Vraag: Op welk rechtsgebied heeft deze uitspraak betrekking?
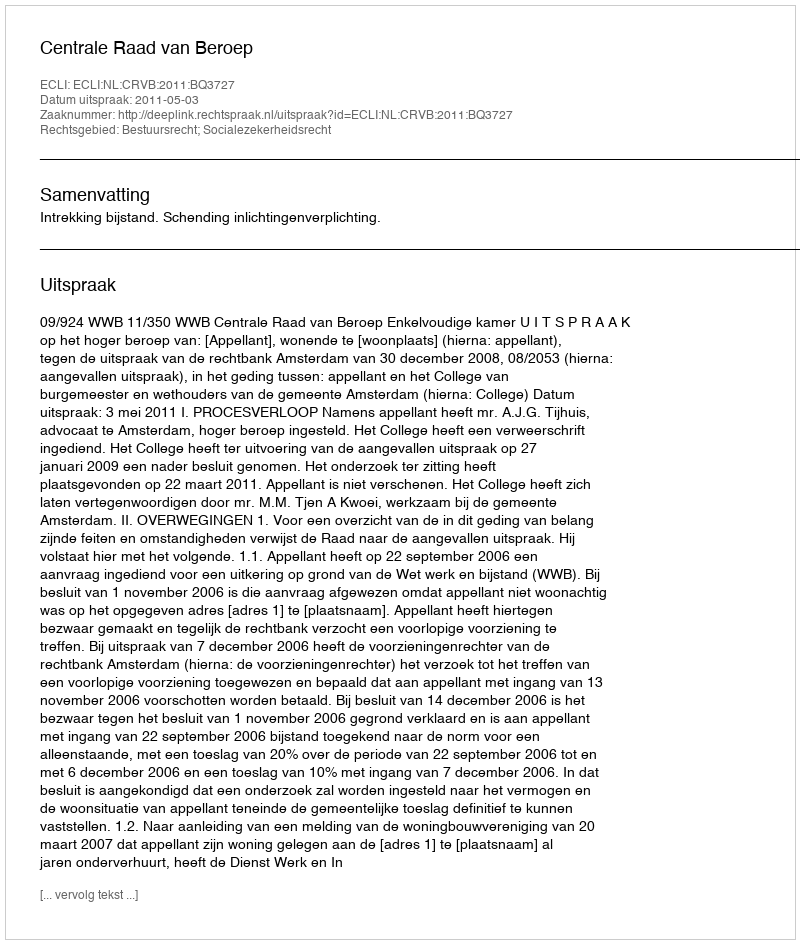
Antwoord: Bestuursrecht; Socialezekerheidsrecht